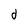
Character: d